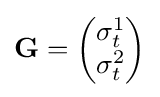
\mathbf {G} ={\begin{pmatrix}\sigma _{t}^{1}\\\sigma _{t}^{2}\end{pmatrix}}